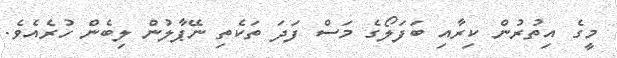
މީގެ އިތުރުން ކިރާއި ބަފަލޯގެ މަސް ފަދަ ތަކެތި ނޭޕާލުން ލިބެން ހުރެއެވެ.